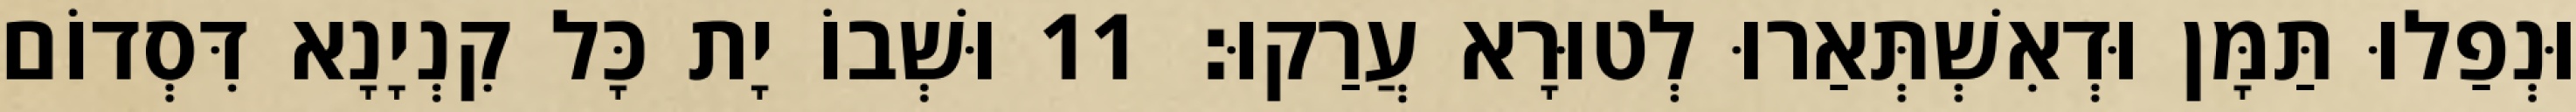
וּנְפַלוּ תַּמָּן וּדְאִשְׁתְּאַרוּ לְטוּרָא עֲרַקוּ׃ 11 וּשְׁבוֹ יָת כָּל קִנְיָנָא דִּסְדוֹם